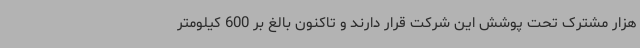
هزار مشترک تحت پوشش این شرکت قرار دارند و تاکنون بالغ بر 600 کیلومتر